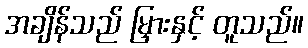
အချိန်သည် မြှားနှင့် တူသည်။